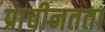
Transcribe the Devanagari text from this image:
प्राचीनतता